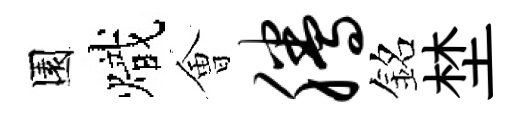
園熾㑹腾銘埜